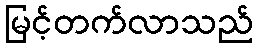
မြင့်တက်လာသည်